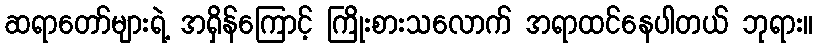
ဆရာတော်များရဲ့ အရှိန်ကြောင့် ကြိုးစားသလောက် အရာထင်နေပါတယ် ဘုရား။